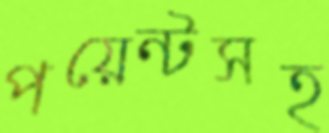
পয়েন্টসহ